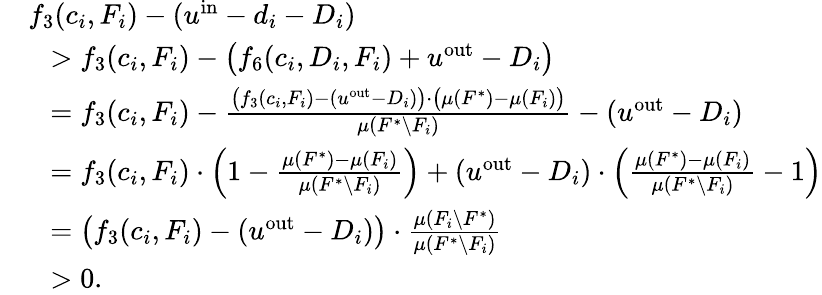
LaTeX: \begin{array}{rl}&{f_{3}(c_{i},F_{i})-(u^{\mathrm{in}}-d_{i}-D_{i})}\\ {}&{~~>f_{3}(c_{i},F_{i})-\big(f_{6}(c_{i},D_{i},F_{i})+u^{\mathrm{out}}-D_{i}\big)}\\ {}&{~~=f_{3}(c_{i},F_{i})-\frac{\big(f_{3}(c_{i},F_{i})-(u^{\mathrm{out}}-D_{i})\big)\cdot\big(\mu(F^{*})-\mu(F_{i})\big)}{\mu(F^{*}\setminus F_{i})}-(u^{\mathrm{out}}-D_{i})}\\ {}&{~~=f_{3}(c_{i},F_{i})\cdot\left(1-\frac{\mu(F^{*})-\mu(F_{i})}{\mu(F^{*}\setminus F_{i})}\right)+(u^{\mathrm{out}}-D_{i})\cdot\left(\frac{\mu(F^{*})-\mu(F_{i})}{\mu(F^{*}\setminus F_{i})}-1\right)}\\ {}&{~~=\big(f_{3}(c_{i},F_{i})-(u^{\mathrm{out}}-D_{i})\big)\cdot\frac{\mu(F_{i}\setminus F^{*})}{\mu(F^{*}\setminus F_{i})}}\\ {}&{~~>0.}\end{array}